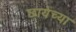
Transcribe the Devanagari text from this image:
छायेच्या